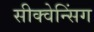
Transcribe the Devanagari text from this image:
सीक्वेन्सिंग